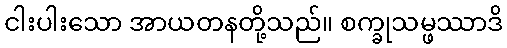
ငါးပါးသော အာယတနတို့သည်။ စက္ခုသမ္ဖဿာဒိ